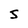
Character: 5